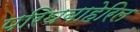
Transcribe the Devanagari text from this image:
परिघबाहेरिल